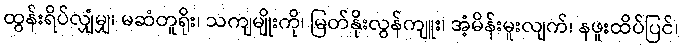
ထွန်းရိပ်လျှံမျှ၊ မဆံတူရိုး၊ သကျမျိုးကို၊ မြတ်နိုးလွန်ကျူး၊ အံ့မိန်းမူးလျက်၊ နဖူးထိပ်ပြင်၊